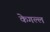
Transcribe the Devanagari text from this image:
केगल्ल